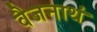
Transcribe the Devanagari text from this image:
वैजनाथं